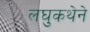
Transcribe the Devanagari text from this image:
लघुकथेने